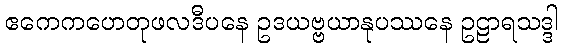
ဧကေကဟေတုဖလဒီပနေ ဥဒယဗ္ဗယာနုပဿနေ ဥဠာရသဒ္ဒါ